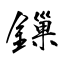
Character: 鏁